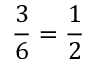
{ \frac { 3 } { 6 } } = { \frac { 1 } { 2 } }